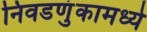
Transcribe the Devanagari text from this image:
निवडणुंकामध्ये